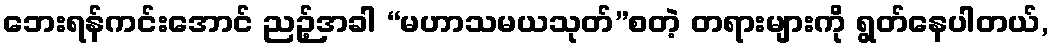
ဘေးရန်ကင်းအောင် ညဉ့်အခါ “မဟာသမယသုတ်”စတဲ့ တရားများကို ရွတ်နေပါတယ်,